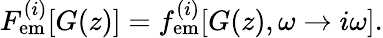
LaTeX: F_{{\mathrm{em}}}^{(i)}[G(z)]=f_{{\mathrm{em}}}^{(i)}[G(z),\omega\rightarrow i\omega].